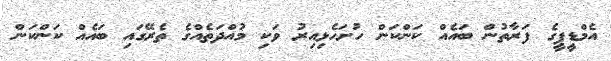
އެމްޑީޕީގެ ފަރާތުން ބައެއް ކަންކަން ހުށަހެޅިއިރު ވަކި މުއްދަތެއްގެ ތެރޭގައި ބައެއް ކަންކަން